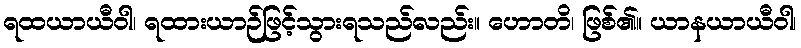
ရထယာယီဝါ၊ ရထားယာဉ်ဖြင့်သွားရသည်လည်း။ ဟောတိ၊ ဖြစ်၏။ ယာနယာယီဝါ၊